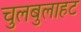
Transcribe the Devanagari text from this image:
चुलबुलाहट